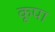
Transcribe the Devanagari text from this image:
कूपा